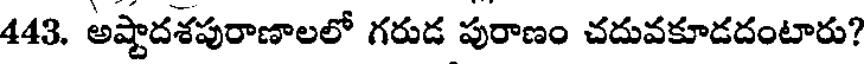
443. అష్టాదశపురాణాలలో గరుడ పురాణం చదువకూడదంటారు?